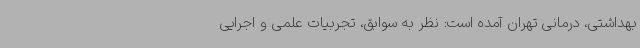
بهداشتی، درمانی تهران آمده است: نظر به سوابق، تجربیات علمی و اجرایی